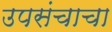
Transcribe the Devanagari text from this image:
उपसंचाचा